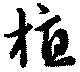
植